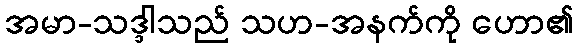
အမာ-သဒ္ဒါသည် သဟ-အနက်ကို ဟော၏